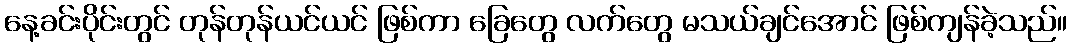
နေ့ခင်းပိုင်းတွင် တုန်တုန်ယင်ယင် ဖြစ်ကာ ခြေတွေ လက်တွေ မသယ်ချင်အောင် ဖြစ်ကျန်ခဲ့သည်။